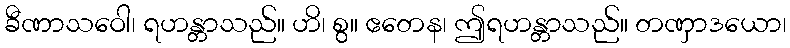
ခီဏာသဝေါ၊ ရဟန္တာသည်။ ဟိ၊ စွ။ ဧတေန၊ ဤရဟန္တာသည်။ တဏှာဒယော၊